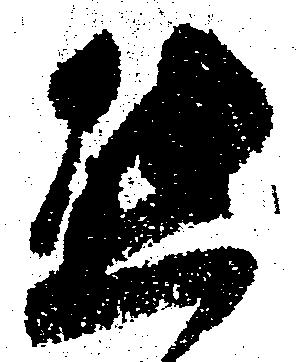
態